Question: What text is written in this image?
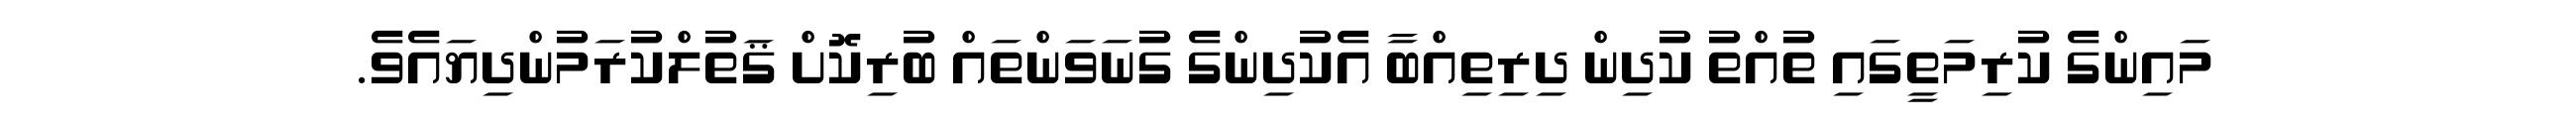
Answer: މައިންގެ ކުރިމަތީގައި ތުއްތު ކުދިން ދިރިތިއްބާ އެކުދިންގެ ގުނަވަންތައް ބުރިކޮށް ޤަތުލްކުރަމުންދިޔައެވެ.